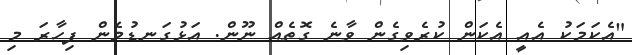
"އެކަމަކު އެއީ އެކަން ކުރެވިގެން ވާނެ ގޮތެއް ނޫން. އަޅުގަނޑުމެން ފިހާރަ މި